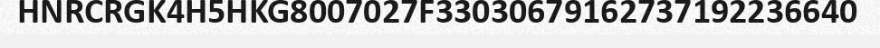
HNRCRGK4H5HKG8007027F33030679162737192236640